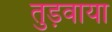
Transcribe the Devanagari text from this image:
तुड़वाया